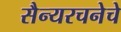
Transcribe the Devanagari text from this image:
सैन्यरचनेचे